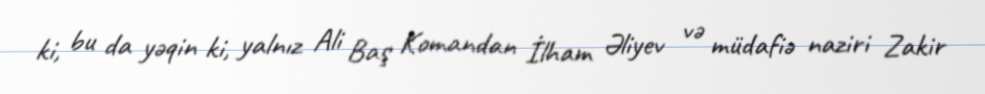
ki, bu da yəqin ki, yalnız Ali Baş Komandan İlham Əliyev və müdafiə naziri Zakir